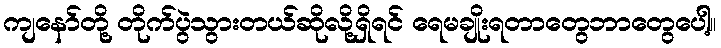
ကျနော်တို့ တိုက်ပွဲသွားတယ်ဆိုလို့ရှိရင် ရေမချိုးရတာတွေဘာတွေပေါ့။